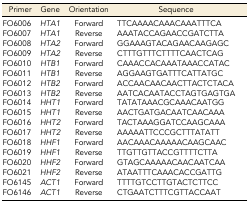
<table><thead><tr><td><b>Primer</b></td><td><b>Gene</b></td><td><b>Orientation</b></td><td><b>Sequence</b></td></tr></thead><tbody><tr><td>FO6006</td><td><i>HTA1</i></td><td>Forward</td><td>TTCAAAACAAACAAATTTCA</td></tr><tr><td>FO6007</td><td><i>HTA1</i></td><td>Reverse</td><td>AAATACCAGAACCGATCTTA</td></tr><tr><td>FO6008</td><td><i>HTA2</i></td><td>Forward</td><td>GGAAAGTACAGAACAAGAGC</td></tr><tr><td>FO6009</td><td><i>HTA2</i></td><td>Reverse</td><td>CTTTGTTTCTTTTCAACTCAG</td></tr><tr><td>FO6010</td><td><i>HTB1</i></td><td>Forward</td><td>CAAACCACAAATAAACCATAC</td></tr><tr><td>FO6011</td><td><i>HTB1</i></td><td>Reverse</td><td>AGGAAGTGATTTCATTATGC</td></tr><tr><td>FO6012</td><td><i>HTB2</i></td><td>Forward</td><td>ACCAACAACAACTTACTCTACA</td></tr><tr><td>FO6013</td><td><i>HTB2</i></td><td>Reverse</td><td>AATCACAATACCTAGTGAGTGA</td></tr><tr><td>FO6014</td><td><i>HHT1</i></td><td>Forward</td><td>TATATAAACGCAAACAATGG</td></tr><tr><td>FO6015</td><td><i>HHT1</i></td><td>Reverse</td><td>AACTGATGACAATCAACAAA</td></tr><tr><td>FO6016</td><td><i>HHT2</i></td><td>Forward</td><td>TACTAAAGGATCCAAGCAAA</td></tr><tr><td>FO6017</td><td><i>HHT2</i></td><td>Reverse</td><td>AAAAATTCCCGCTTTATATT</td></tr><tr><td>FO6018</td><td><i>HHF1</i></td><td>Forward</td><td>AACAAACAAAAACAAGCAAC</td></tr><tr><td>FO6019</td><td><i>HHF1</i></td><td>Reverse</td><td>TTGTTGTTACCGTTTTCTTA</td></tr><tr><td>FO6020</td><td><i>HHF2</i></td><td>Forward</td><td>GTAGCAAAAACAACAATCAA</td></tr><tr><td>FO6021</td><td><i>HHF2</i></td><td>Reverse</td><td>ATAATTTCAAACACCGATTG</td></tr><tr><td>FO6145</td><td><i>ACT1</i></td><td>Forward</td><td>TTTTGTCCTTGTACTCTTCC</td></tr><tr><td>FO6146</td><td><i>ACT1</i></td><td>Reverse</td><td>CTGAATCTTTCGTTACCAAT</td></tr></tbody></table>